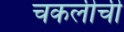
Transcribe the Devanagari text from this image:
चकलीची